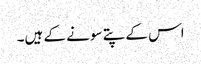
اس کے پتے سونے کے ہیں۔